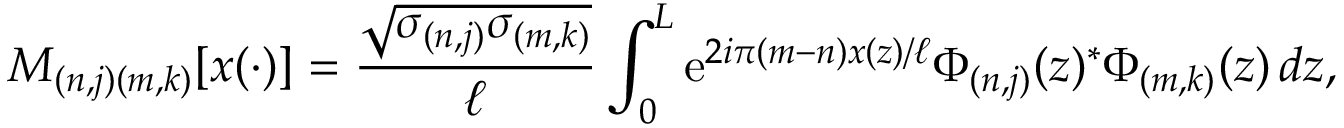
M _ { ( n , j ) ( m , k ) } \lbrack x ( \cdot ) \rbrack = \frac { \sqrt { \sigma _ { ( n , j ) } \sigma _ { ( m , k ) } } } { \ell } \int _ { 0 } ^ { L } \mathrm { e } ^ { 2 i \pi ( m - n ) x ( z ) / \ell } \Phi _ { ( n , j ) } ( z ) ^ { \ast } \Phi _ { ( m , k ) } ( z ) \, d z ,